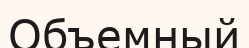
Объемный